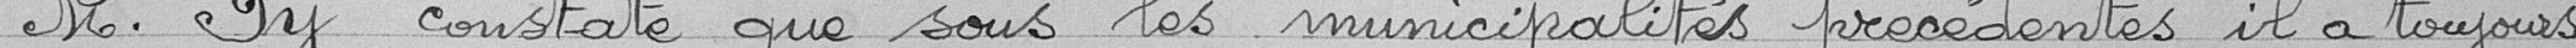
M. Py constate que sous les municipalités précédentes il a toujours